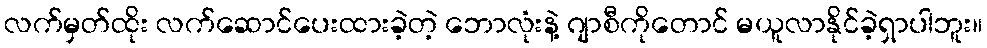
လက်မှတ်ထိုး လက်ဆောင်ပေးထားခဲ့တဲ့ ဘောလုံးနဲ့ ဂျာစီကိုတောင် မယူလာနိုင်ခဲ့ရှာပါဘူး။